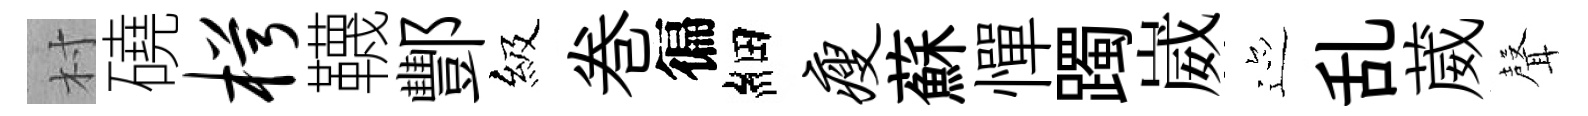
村磽枵韈酆級巻徧細瘦蘇憚躅崴迹乱葳𮋻